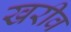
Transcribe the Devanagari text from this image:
खरीव